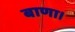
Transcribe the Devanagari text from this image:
बाणा।